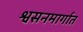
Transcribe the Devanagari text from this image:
श्वसनमार्गात